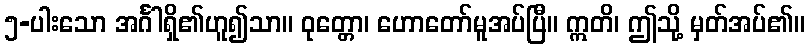
၅-ပါးသော အင်္ဂါရှိ၏ဟူ၍သာ။ ဝုတ္တော၊ ဟောတော်မူအပ်ပြီ။ ဣတိ၊ ဤသို့ မှတ်အပ်၏။